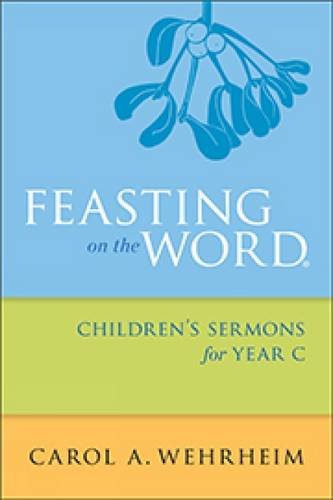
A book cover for Feasting on the Word Children's Sermons for Year C; Carol A. Wehrheim; Christian Books & Bibles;